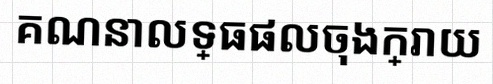
គណនាលទ្ធផលចុងក្រោយ